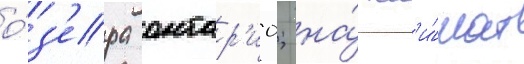
о́з'ера онтар'ио; на́ кл'и́мат